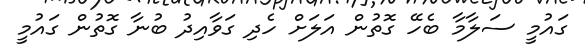
ގައުމީ ސަލާމާ ބެހޭ ގޮތުން އަލަށް ހެދި ގަވާއިދު ބުނާ ގޮތުން ގައުމީ